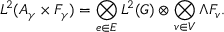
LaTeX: L ^ { 2 } ( { \cal A } _ { \gamma } \times { \cal F } _ { \gamma } ) = \bigotimes _ { e \in E } L ^ { 2 } ( G ) \otimes \bigotimes _ { v \in V } \Lambda F _ { v } .